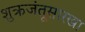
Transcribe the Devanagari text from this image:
शुक्रजंतूसारखा